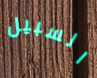
السبيل